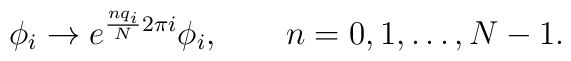
\phi_i \to e^{\frac{n q_i}{N}2\pi i}\phi_i,\qquad n=0,1,\ldots, N-1.